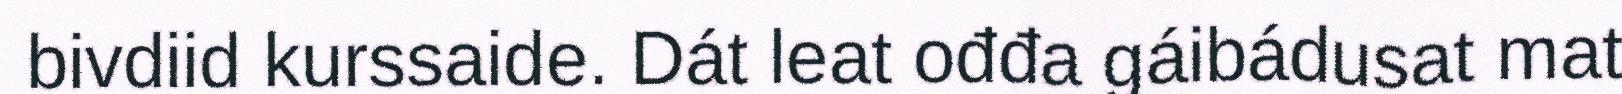
bivdiid kurssaide. Dát leat ođđa gáibádusat mat